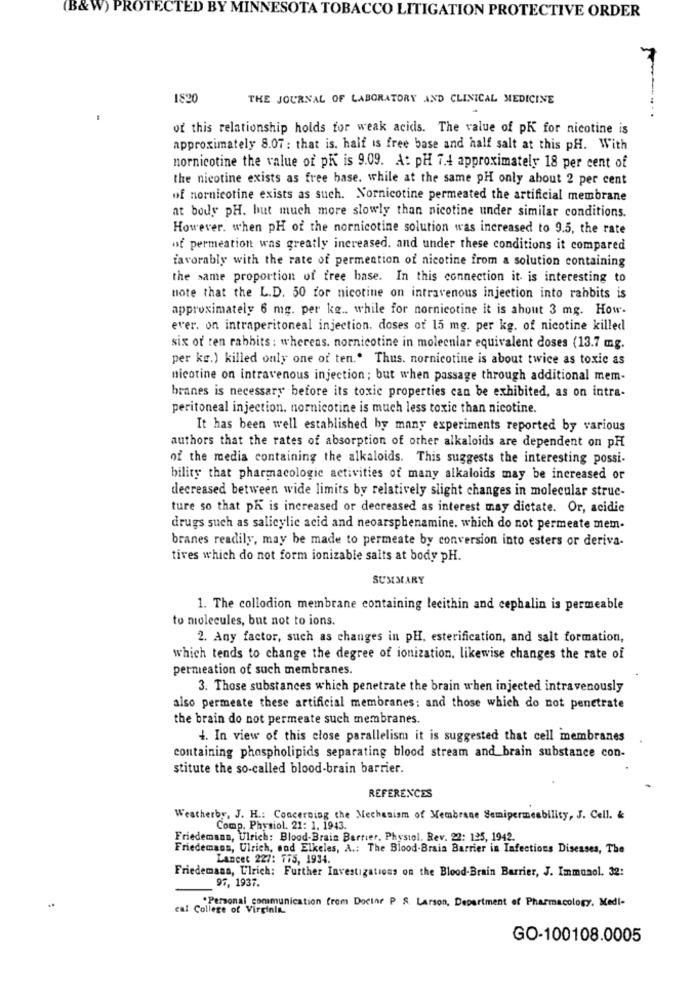
(B&W) PROTECTED BY MINNESOTA TOBACCO LITIGATION PROTECTIVE ORDER
1820
THE JOURNAL OF LABORATORY AND CLINICAL MEDICINE
of this relationship holds for weak acids. The value of pK for nicotine is
approximately 8.07: that is. half is free base and half salt at this pH. With
nornicotine the value of ph is 9.09. A: pH 7.4 approximately 18 per cent of
the nicotine exists as free base. while at the same pH only about 2 per cent
of nornicotine exists as such. Nornicotine permeated the artificial membrane
at body pH. but much more slowly than nicotine under similar conditions.
However, when pH of the nornicotine solution was increased to 9.5, the rate
of permeation was greatly increased. and under these conditions it compared
favorably with the rate of permention of nicotine from a solution containing
the same proportion of free base. In this connection it is interesting to
note that the L.D. 50 for nicotine on intravenous injection into rahbits is
approximately 6 mg. per kg .. while for nornicotine it is ahout 3 mg. How.
ever. on intraperitoneal injection. doses of 15 mg. per kg. of nicotine killed
six or ten rabbits : whereas. nornicotine in molecular equivalent doses (13.7 mg.
per kg.) killed only one of ten .. Thus. nornicotine is about twice as toxic as
nicotine on intravenous injection ; but when passage through additional mem-
branes is necessary before its toxic properties can be exhibited, as on intra-
peritoneal injection. nornicotine is much less toxic than nicotine.
It has been well established by many experiments reported by various
authors that the rates of absorption of other alkaloids are dependent on pH
of the media containing the alkaloids. This suggests the interesting possi-
bility that pharmacologic activities of many alkaloids may be increased or
decreased between wide limits by relatively slight changes in molecular struc-
ture so that ph is increased or decreased as interest may dictate. Or, acidic
drugs such as salicylic acid and neoarsphenamine. which do not permeate mem-
branes readily, may be made to permeate by conversion into esters or deriva-
tives which do not form ionizable salts at body pH.
SUMMARY
1. The collodion membrane containing lecithin and cephalin is permeable
to molecules, but not to ions.
2. Any factor, such as changes in pH. esterification, and salt formation,
which tends to change the degree of ionization. likewise changes the rate of
permeation of such membranes.
3. Those substances which penetrate the brain when injected intravenously
also permeate these artificial membranes: and those which do not penetrate
the brain do not permeate such membranes.
4. In view of this close parallelism it is suggested that cell membranes
containing phospholipids separating blood stream and brain substance con-
stitute the so-called blood-brain barrier.
REFERENCES
Weatherby, J. H .: Concerning the Mechanism of Membrane Semipermeability, J. Cell. &
Comp. Physiol. 21: 1. 1943.
Friedemann, Ulrich: Blood-Brain Barrier, Physiol. Rev. 22: 125, 1942.
Friedemann, Ulrich, and Elkeles, A .: The Blood-Brain Barrier in Infectious Diseases, The
Lancet 227: 775, 1934.
Friedemann, Ulrich: Further Investigations on the Blood-Brain Barrier, J. Immunol. 32:
96, 1937.
.Personal communication from Doctor P S. Larson, Department of Pharmacology, Medi-
cal College of Virginia.
GO-100108.0005